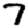
Digit: 7